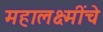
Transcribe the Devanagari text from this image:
महालक्ष्मींचे